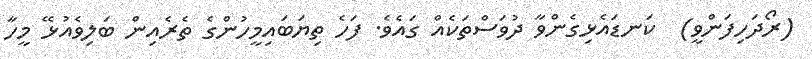
(ރޯދަހިފަންވީ)  ކަނޑައެޅިގެންވާ ދުވަސްތަކެއް ގައެވެ. ފަހެ ތިޔަބައިމީހުންގެ ތެރެއިން ބަލިވެއުޅޭ މީހާ